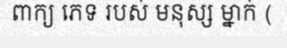
ពាក្យ ភេទ របស់ មនុស្ស ម្នាក់ (